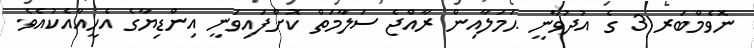
ނޮވެމްބަރ 3 ގެ އުދުވާނީ ޙަމަލާއިން ރާއްޖެ ސަލާމަތް ކޮށްފައިވަނީ އިންޑިޔާގެ އެހީއާއެކުއެވެ.